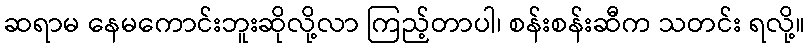
ဆရာမ နေမကောင်းဘူးဆိုလို့လာ ကြည့်တာပါ၊ စန်းစန်းဆီက သတင်း ရလို့။